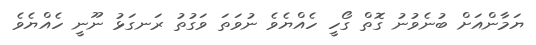
ޔަމާންއަށް ބުނެވުނު ގޮތް ގޯހީ ހެއްޔެވެ ނުވަތަ ވަގުތު ރަނގަޅު ނޫނީ ހެއްޔެވެ